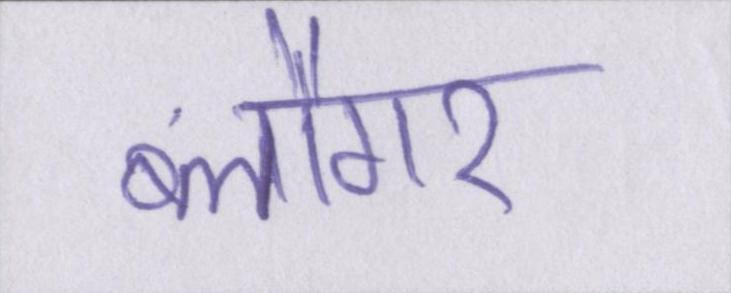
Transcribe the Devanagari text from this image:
ब्लौगर